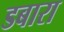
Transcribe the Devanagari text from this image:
डबारा